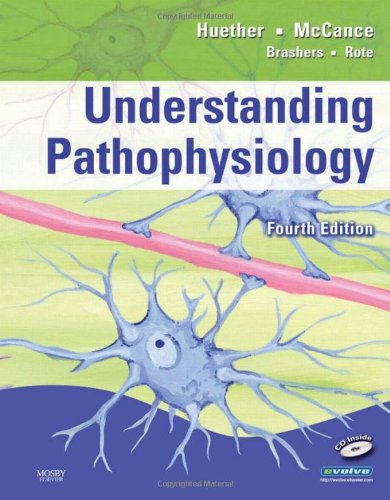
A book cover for Understanding Pathophysiology, 4e; Sue E. Huether RN  PhD; Medical Books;